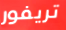
تريفور